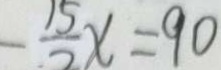
- \frac { 1 5 } { 2 } x = 9 0